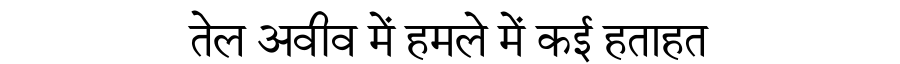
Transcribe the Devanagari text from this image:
तेल अवीव में हमले में कई हताहत